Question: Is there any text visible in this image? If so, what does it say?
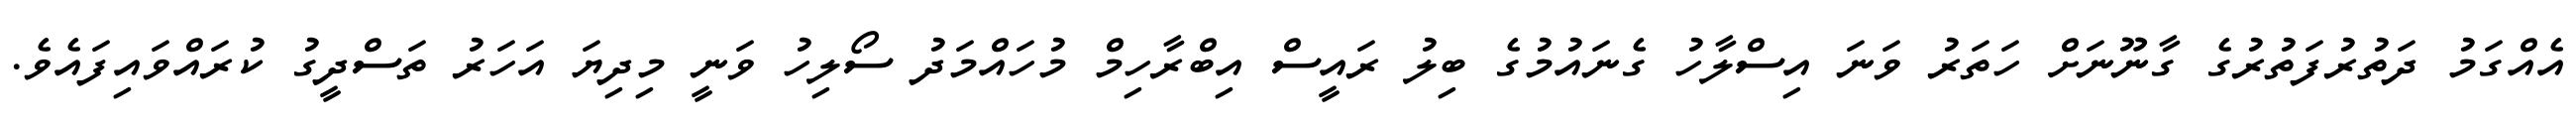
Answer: އެއްގަމު ދަތުރުފަތުރުގެ ގާނޫނަށް ހަތަރު ވަނަ އިސްލާހު ގެނައުމުގެ ބިލު ރައީސް އިބްރާހިމް މުހައްމަދު ސޯލިހު ވަނީ މިދިޔަ އަހަރު ތަސްދީގު ކުރައްވައިފައެވެ.